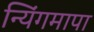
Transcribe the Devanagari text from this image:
न्यिंगमापा